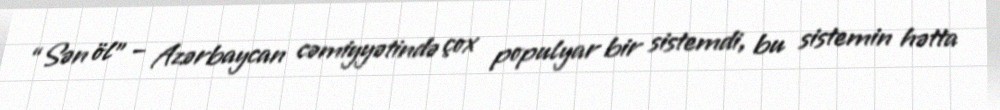
“Sən öl” – Azərbaycan cəmiyyətində çox populyar bir sistemdi, bu sistemin hətta